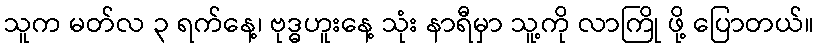
သူက မတ်လ ၃ ရက်နေ့၊ ဗုဒ္ဓဟူးနေ့ သုံး နာရီမှာ သူ့ကို လာကြို ဖို့ ပြောတယ်။